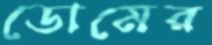
ডোমের